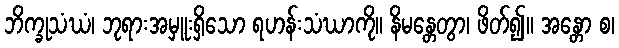
ဘိက္ခုသံဃံ၊ ဘုရားအမှူးရှိသော ရဟန်းသံဃာကို။ နိမန္တေတွာ၊ ဖိတ်၍။ အန္တော စ၊